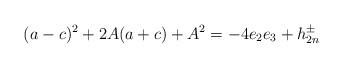
LaTeX: \begin{align*}(a-c)^2 +2A(a+c)+A^2= -4e_2e_3 +h^\pm_{2n}\end{align*}